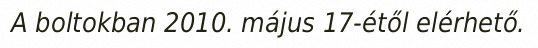
A boltokban 2010. május 17-étől elérhető.